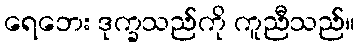
ရေဘေး ဒုက္ခသည်ကို ကူညီသည်။